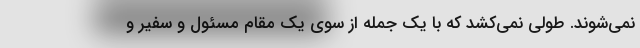
نمی‌شوند. طولی نمی‌کشد که با یک جمله از سوی یک مقام مسئول و سفیر و